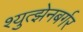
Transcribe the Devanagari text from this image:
श्युत्झेनबर्गर